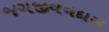
જગજીવનદાસ